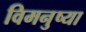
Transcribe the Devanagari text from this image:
विमनुष्या